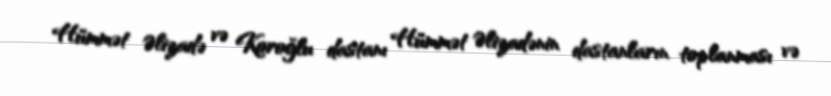
Hümmət Əlizadə və Koroğlu dastanı Hümmət Əlizadənin dastanların toplanması və